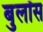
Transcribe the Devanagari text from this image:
बुलॉस